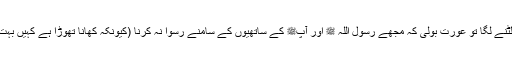
اس کے بعد رسول اللہﷺ کے پاس پلٹنے لگا تو عورت بولی کہ مجھے رسول اللہ ﷺ اور آپﷺ کے ساتھیوں کے سامنے رسوا نہ کرنا (کیونکہ کھانا تھوڑا ہے کہیں بہت سے آدمیوں کی دعوت نہ کر دینا)۔